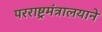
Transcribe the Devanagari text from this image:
परराष्ट्रमंत्रालयाने